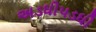
અડધીપડધી